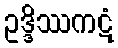
ဥဒ္ဒိဿကဋံ